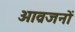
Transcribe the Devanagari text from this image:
आव्रजनों